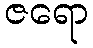
ဇရော